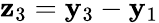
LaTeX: {\mathbf z}_{3}={\mathbf y}_{3}-{\mathbf y}_{1}